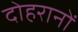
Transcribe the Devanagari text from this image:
दोहरानों